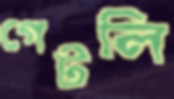
গেটলি